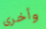
وأخرى